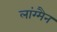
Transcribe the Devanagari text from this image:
लांग्मैन